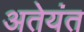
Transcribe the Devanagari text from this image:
अतेयंत